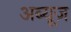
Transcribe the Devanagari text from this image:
अब्यूज़